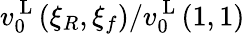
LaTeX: v_{0}^{\mathrm{~L~}}(\xi_{R},\xi_{f})/v_{0}^{\mathrm{~L~}}(1,1)